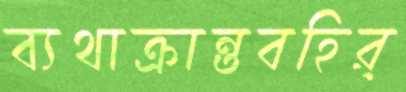
ব্যথাক্রান্তবহির্